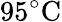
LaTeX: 95\mathrm{^\circ C}